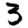
Digit: 3